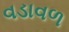
વડાવળ